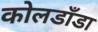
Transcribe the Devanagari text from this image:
कोलडाँडा